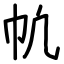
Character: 㠶